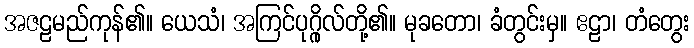
အဇဠမည်ကုန်၏။ ယေသံ၊ အကြင်ပုဂ္ဂိုလ်တို့၏။ မုခတော၊ ခံတွင်းမှ။ ဧဠာ၊ တံတွေး